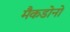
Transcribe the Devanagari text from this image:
मैकडोनो